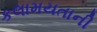
કલામયતાની